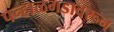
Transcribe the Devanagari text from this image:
पन्हाळगडावरून